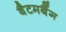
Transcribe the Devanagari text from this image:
बैटमबैंग